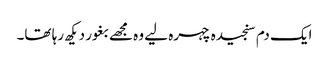
ایک دم سنجیدہ چہرہ لیے وہ مجھے بغور دیکھ رہا تھا۔